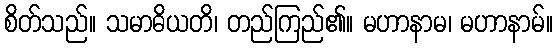
စိတ်သည်။ သမာဓိယတိ၊ တည်ကြည်၏။ မဟာနာမ၊ မဟာနာမ်။